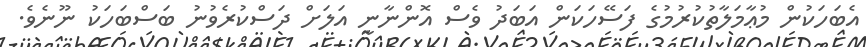
އެބަހަކުން މުޢާމަލާތުކުރުމުގެ ފަސޭހަކަން އަބަދު ވެސް އޮންނާނީ އަލަށް ދަސްކުރެވުނު ބަސްބަހަކު ނޫނެވެ.